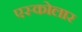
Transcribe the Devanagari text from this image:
एस्कोलार